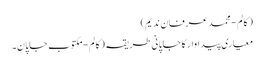
( کالم - محمد عرفان ندیم)
معیاری پیداوار کا جاپانی طریقہ ( کالم - مکتوبِ جاپان۔